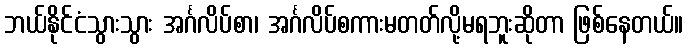
ဘယ်နိုင်ငံသွားသွား အင်္ဂလိပ်စာ၊ အင်္ဂလိပ်စကားမတတ်လို့မရဘူးဆိုတာ ဖြစ်နေတယ်။